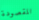
المقصودة